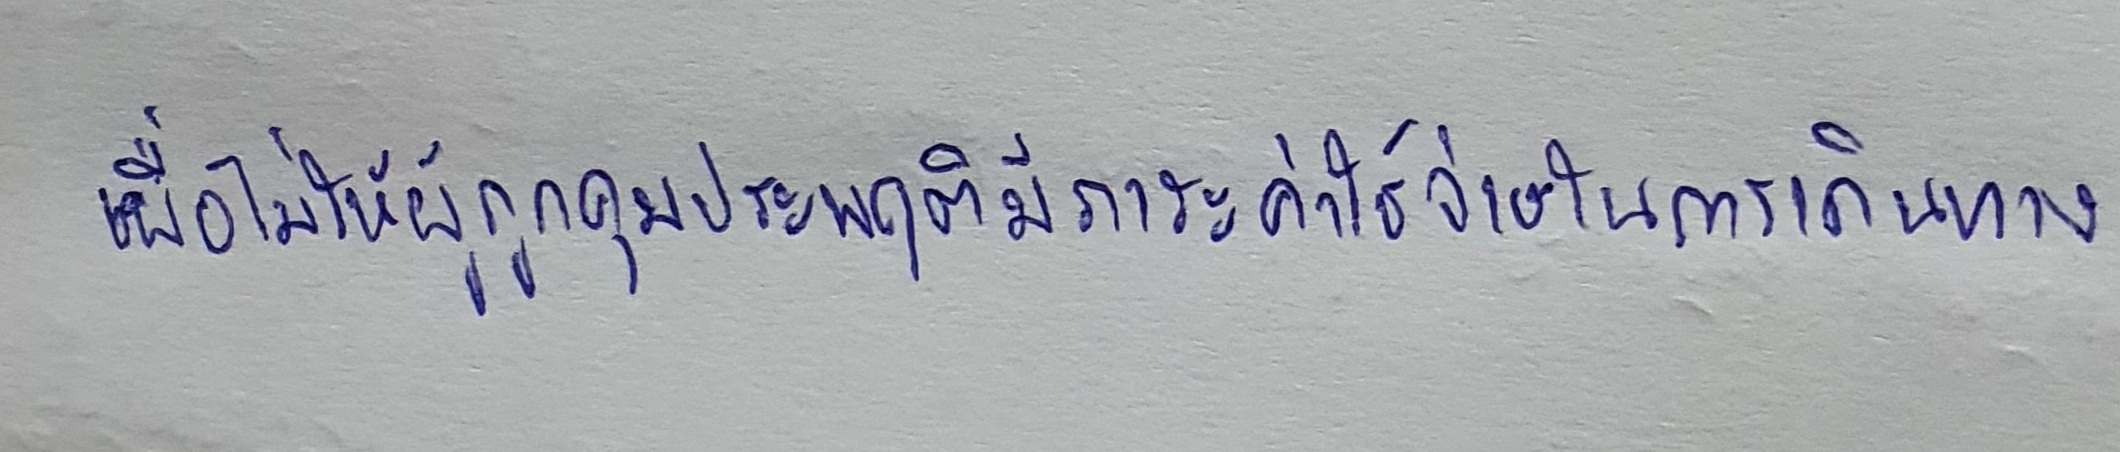
เพื่อไม่ให้ผู้ถูกคุมประพฤติมีภาระค่าใช้จ่ายในการเดินทาง